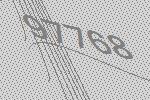
97768